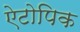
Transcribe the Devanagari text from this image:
ऐटोपिक